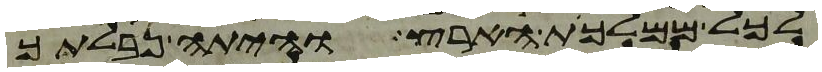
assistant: לכל ממלכת הארץ והיתה נבלתך